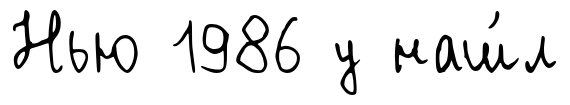
Нью 1986 у наш́л